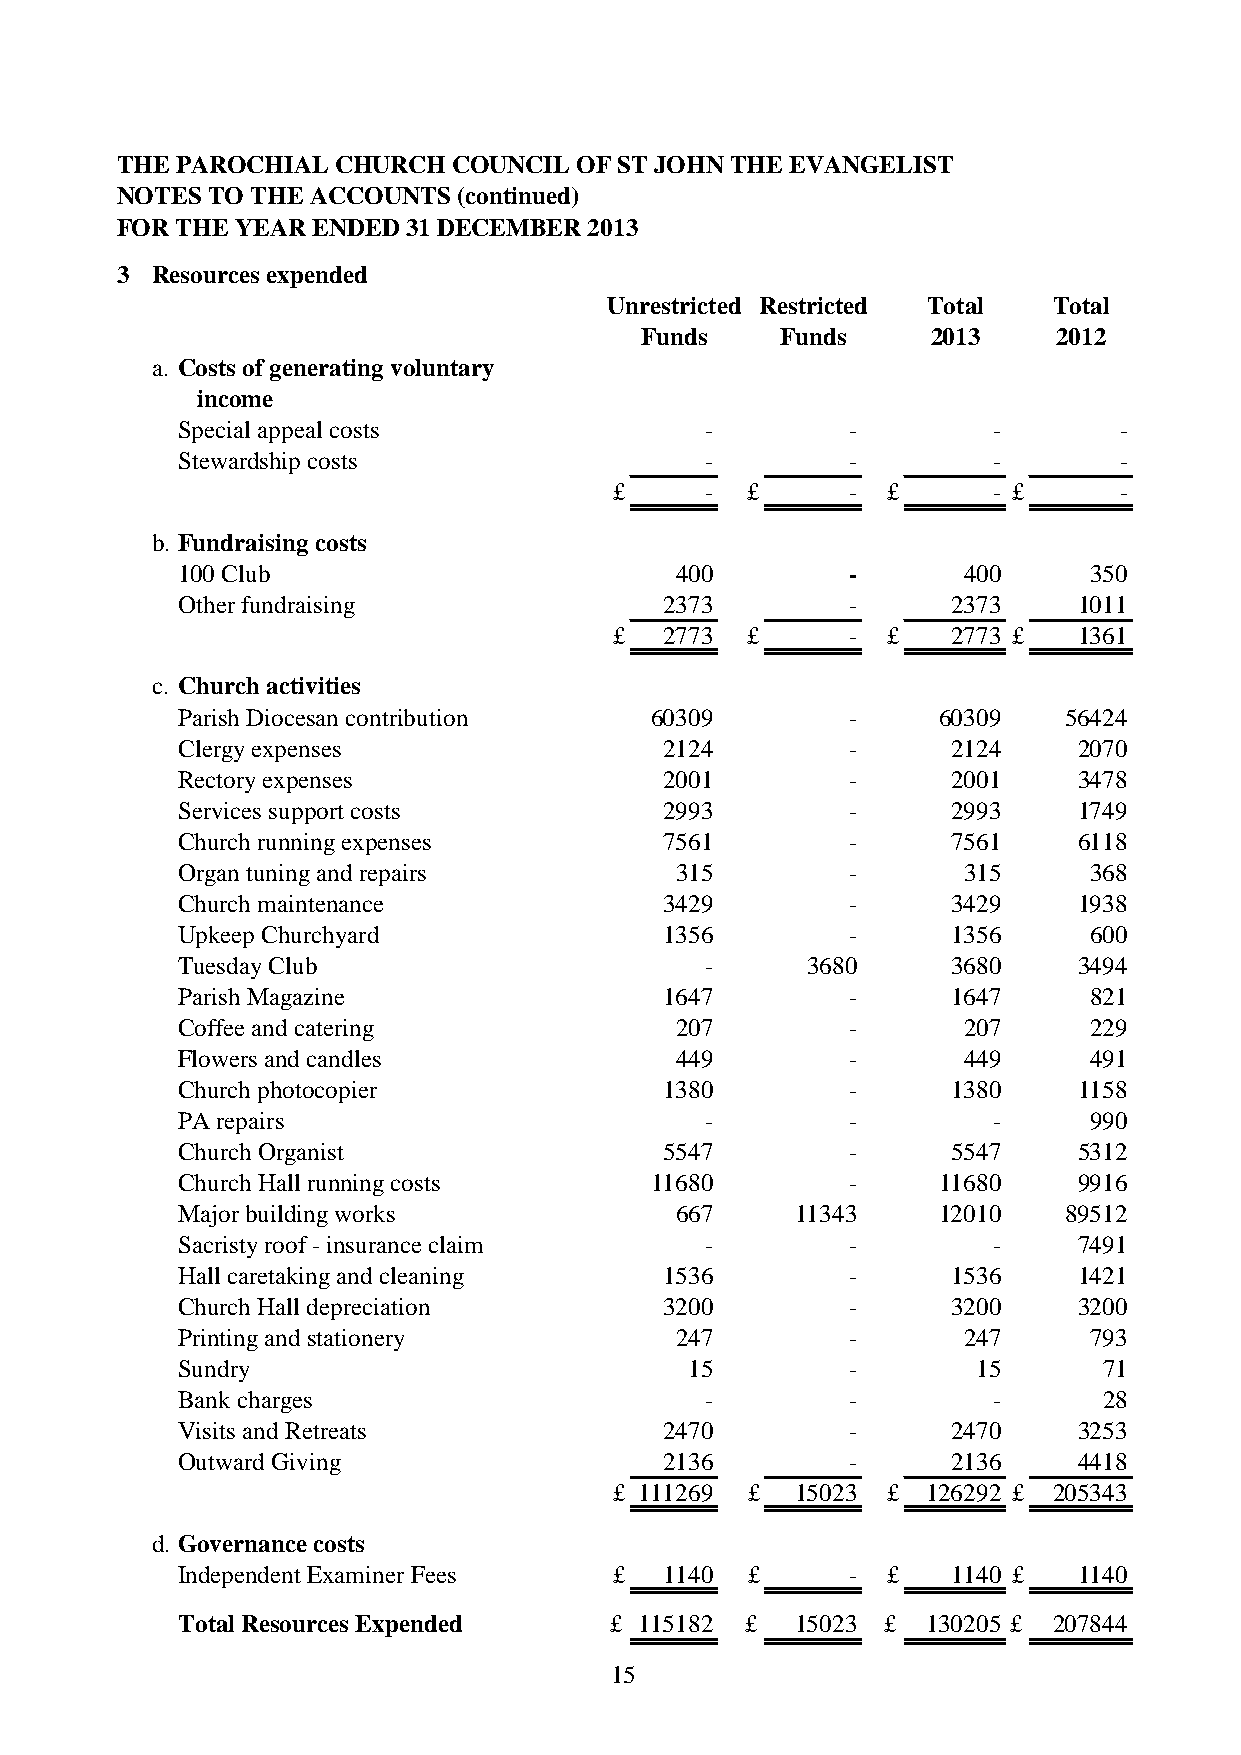
THE PAROCHIAL CHURCH  COUNCIL OF ST JOHN THE EVANGELIST
 NOTES TO THE ACCOUNTS (continued)
 FOR THE YEAR ENDED 31 DECEMBER 2013
 3 Resources expended
 Unrestricted Restricted Total Total
 Funds     Funds     2013    2012
 a. Costs of generating voluntary
 income
 Special appeal costs               -        -         -       -
 Stewardship costs                  -        -         -       -
 £     - £      -  £      - £     -
 b. Fundraising costs
 100 Club                         400        -       400     350
 Other fundraising               2373        -      2373    1011
 £  2773 £      -  £   2773 £  1361
 c. Church activities
 Parish Diocesan contribution   60309        -     60309   56424
 Clergy expenses                 2124        -      2124    2070
 Rectory expenses                2001        -      2001    3478
 Services support costs          2993        -      2993    1749
 Church running expenses         7561        -      7561    6118
 Organ tuning and repairs         315        -       315     368
 Church maintenance              3429        -      3429    1938
 Upkeep Churchyard               1356        -      1356     600
 Tuesday Club                       -     3680      3680    3494
 Parish Magazine                 1647        -      1647     821
 Coffee and catering              207        -       207     229
 Flowers and candles              449        -       449     491
 Church photocopier              1380        -      1380    1158
 PA repairs                         -        -         -     990
 Church Organist                 5547        -      5547    5312
 Church Hall running costs      11680        -     11680    9916
 Major building works             667     11343    12010   89512
 Sacristy roof - insurance claim    -        -         -    7491
 Hall caretaking and cleaning    1536        -      1536    1421
 Church Hall depreciation        3200        -      3200    3200
 Printing and stationery          247        -       247     793
 Sundry                            15        -        15      71
 Bank charges                       -        -         -      28
 Visits and Retreats             2470        -      2470    3253
 Outward Giving                  2136        -      2136    4418
 £ 111269 £  15023 £ 126292 £ 205343
 d. Governance costs
 Independent Examiner Fees    £  1140 £      -  £   1140 £  1140
 Total Resources Expended    £ 115182 £   15023 £ 130205 £ 207844
 15